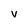
Character: v